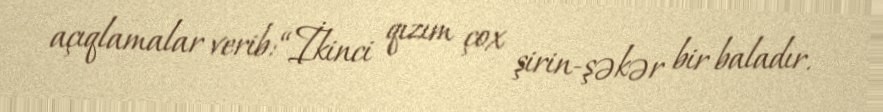
açıqlamalar verib: “İkinci qızım çox şirin-şəkər bir baladır.